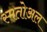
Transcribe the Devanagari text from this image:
स्मतोअल